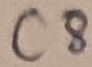
Text: C8